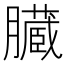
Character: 臓